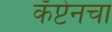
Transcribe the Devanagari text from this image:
कॅप्टेनचा